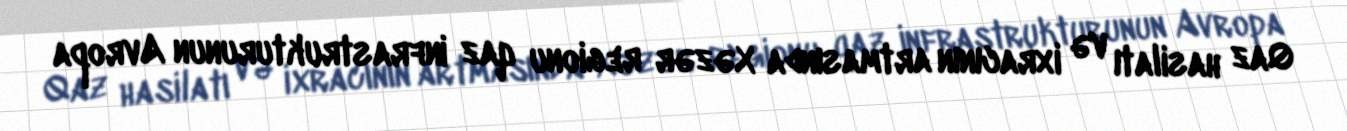
Qaz hasilatı və ixracının artmasında Xəzər regionu qaz infrastrukturunun Avropa